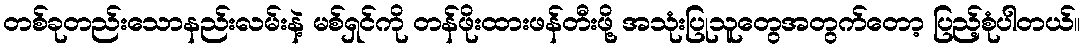
တစ်ခုတည်းသောနည်းလမ်းနဲ့ မစ်ရှင်ကို တန်ဖိုးထားဖန်တီးဖို့ အသုံးပြုသူတွေအတွက်တော့ ပြည့်စုံပါတယ်။